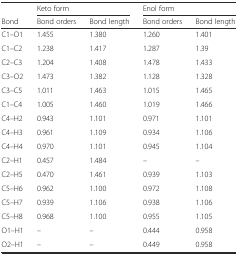
<table><thead><tr><td></td><td colspan="2"><b>Keto form</b></td><td colspan="2"><b>Enol form</b></td></tr><tr><td><b>Bond</b></td><td><b>Bond orders</b></td><td><b>Bond length</b></td><td><b>Bond orders</b></td><td><b>Bond length</b></td></tr></thead><tbody><tr><td>C1–O1</td><td>1.455</td><td>1.380</td><td>1.260</td><td>1.401</td></tr><tr><td>C1–C2</td><td>1.238</td><td>1.417</td><td>1.287</td><td>1.39</td></tr><tr><td>C2–C3</td><td>1.204</td><td>1.408</td><td>1.478</td><td>1.433</td></tr><tr><td>C3–O2</td><td>1.473</td><td>1.382</td><td>1.128</td><td>1.328</td></tr><tr><td>C3–C5</td><td>1.011</td><td>1.463</td><td>1.015</td><td>1.465</td></tr><tr><td>C1–C4</td><td>1.005</td><td>1.460</td><td>1.019</td><td>1.466</td></tr><tr><td>C4–H2</td><td>0.943</td><td>1.101</td><td>0.971</td><td>1.101</td></tr><tr><td>C4–H3</td><td>0.961</td><td>1.109</td><td>0.934</td><td>1.106</td></tr><tr><td>C4–H4</td><td>0.970</td><td>1.101</td><td>0.945</td><td>1.104</td></tr><tr><td>C2–H1</td><td>0.457</td><td>1.484</td><td>–</td><td>–</td></tr><tr><td>C2–H5</td><td>0.470</td><td>1.461</td><td>0.939</td><td>1.103</td></tr><tr><td>C5–H6</td><td>0.962</td><td>1.100</td><td>0.972</td><td>1.108</td></tr><tr><td>C5–H7</td><td>0.939</td><td>1.106</td><td>0.938</td><td>1.106</td></tr><tr><td>C5–H8</td><td>0.968</td><td>1.100</td><td>0.955</td><td>1.105</td></tr><tr><td>O1–H1</td><td>–</td><td>–</td><td>0.444</td><td>0.958</td></tr><tr><td>O2–H1</td><td>–</td><td>–</td><td>0.449</td><td>0.958</td></tr></tbody></table>